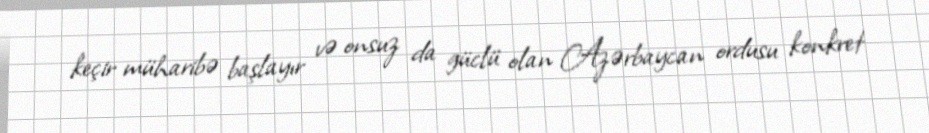
keçir müharibə başlayır və onsuz da güclü olan Azərbaycan ordusu konkret